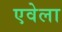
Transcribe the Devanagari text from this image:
एवेला